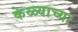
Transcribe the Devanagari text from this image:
केळ्याच्या